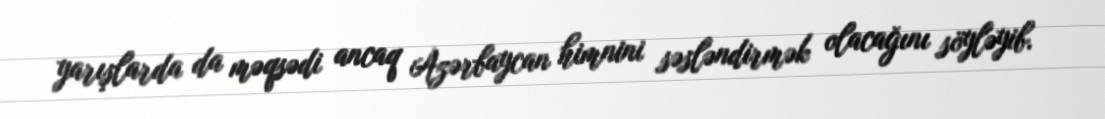
yarışlarda da məqsədi ancaq Azərbaycan himnini səsləndirmək olacağını söyləyib.